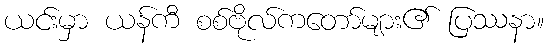
ယင်းမှာ ယန်ကီ စစ်ဗိုလ်ကတော်များ၏ ပြဿနာ။